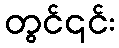
တွင်၎င်း